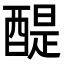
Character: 醍